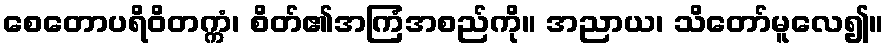
စေတောပရိဝိတက္ကံ၊ စိတ်၏အကြံအစည်ကို။ အညာယ၊ သိတော်မူလေ၍။